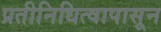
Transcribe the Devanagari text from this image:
प्रतीनिधित्वापासून